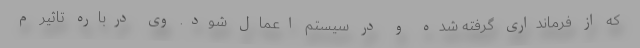
که از فرمانداری گرفته شده و در سیستم اعمال شود. وی درباره تاثیر م